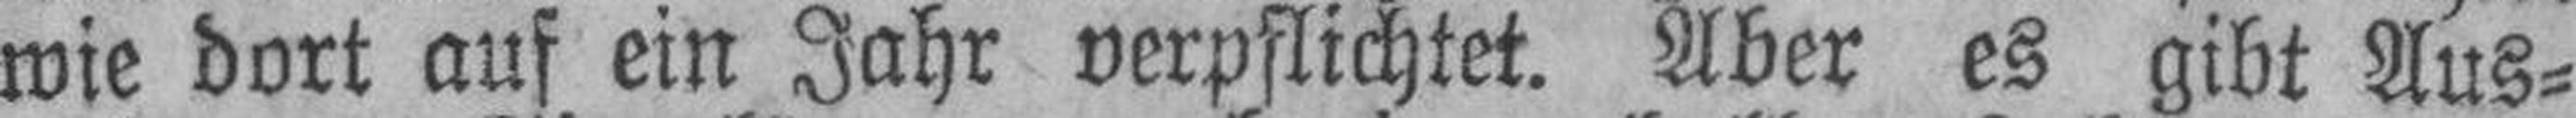
wie dort auf ein Jahr verpflichtet. Aber es gibt Aus¬